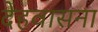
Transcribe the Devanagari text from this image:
देहवासना